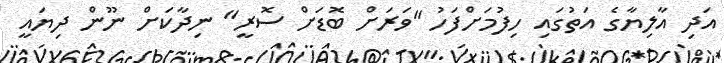
އަދި އާލިޔާގެ އަތުގައި ހިފުމަށްފަހު "ވަރަށް ބޮޑަށް ސޮރީ" ނިދާކަށް ނޫން ދިޔައީ